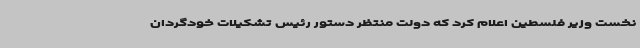
نخست وزیر فلسطین اعلام کرد که دولت منتظر دستور رئیس تشکیلات خودگردان